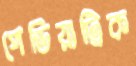
পেডিয়াট্রিক